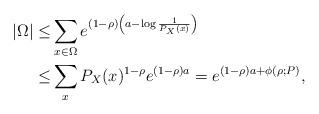
LaTeX: \begin{align*}|\Omega| \le& \sum_{x\in \Omega} e^{(1-\rho)\left(a - \log\frac{1}{P_X(x)}\right)} \\\le & \sum_x P_X(x)^{1-\rho} e^{(1-\rho)a} = e^{(1-\rho)a + \phi(\rho;P)},\end{align*}